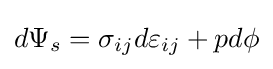
d{\Psi _{s}}={\sigma _{ij}}d{\varepsilon _{ij}}+pd\phi